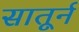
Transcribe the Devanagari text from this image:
सातूर्न